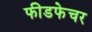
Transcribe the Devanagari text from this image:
फीडफेचर